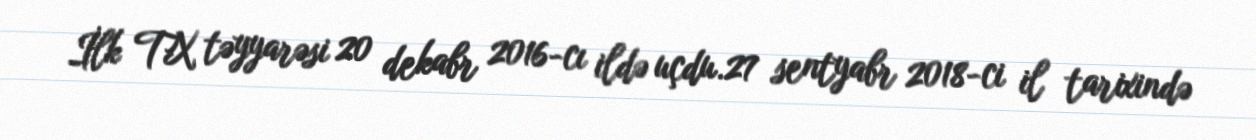
İlk TX təyyarəsi 20 dekabr 2016-cı ildə uçdu.27 sentyabr 2018-ci il tarixində